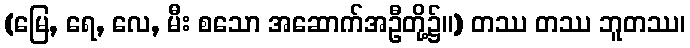
(မြေ, ရေ, လေ, မီး စသော အဆောက်အဦတို့၌။) တဿ တဿ ဘူတဿ၊